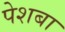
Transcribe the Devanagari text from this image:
पेशबा